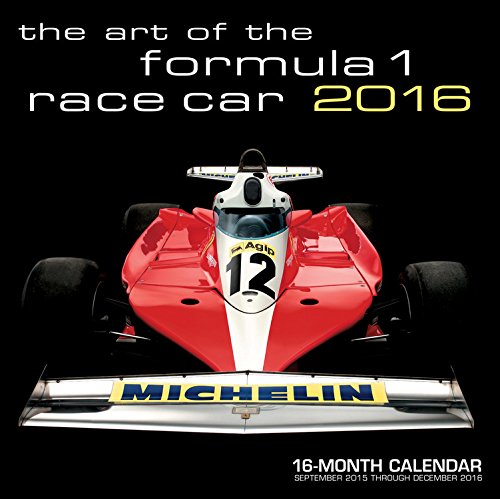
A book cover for Art of the Formula 1 Race Car 2016: 16-Month Calendar September 2015 through December 2016; Calendars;